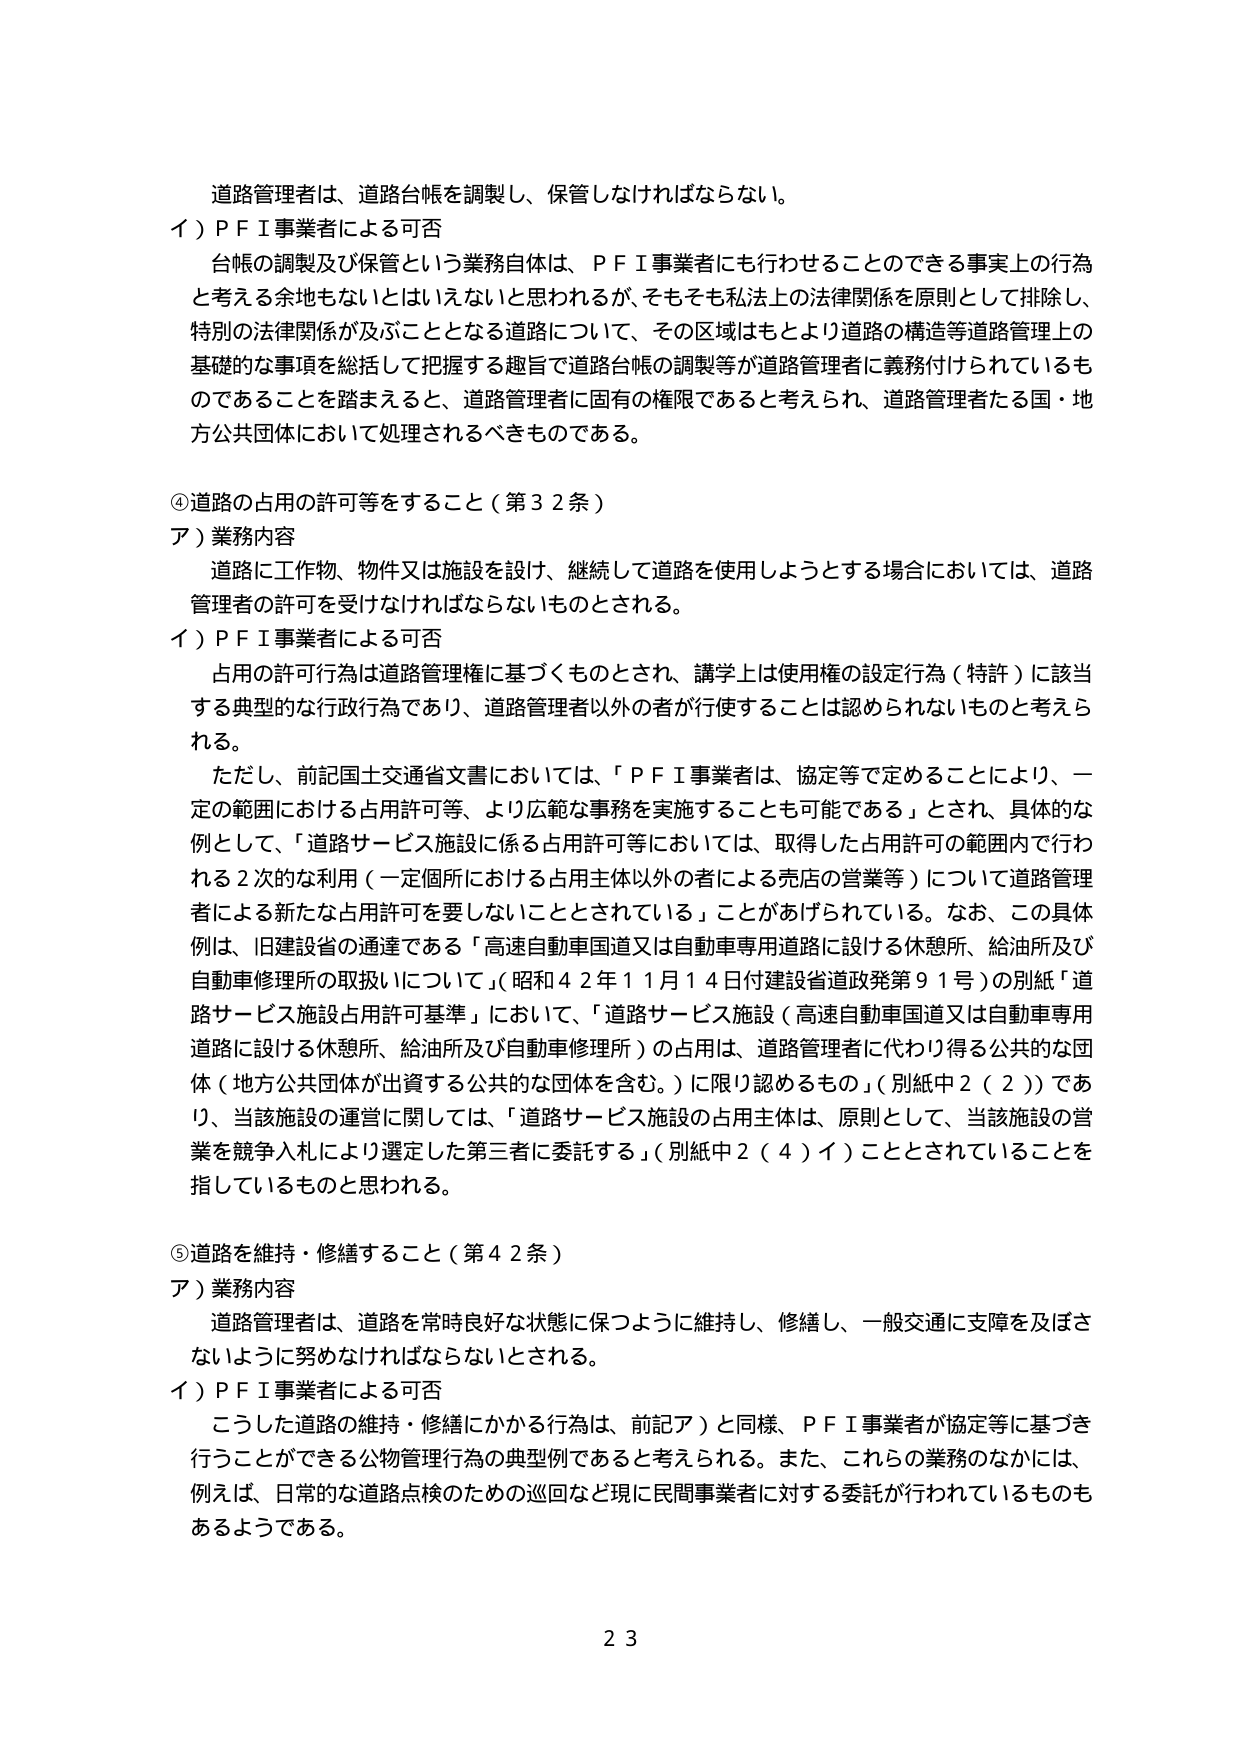
道路管理者は、道路台帳を調製し、保管しなければならない。

イ）ＰＦＩ事業者による可否
　台帳の調製及び保管という業務自体は、ＰＦＩ事業者にも行わせることのできる事実上の行為と考える余地もないとはいえないと思われるが、そもそも私法上の法律関係を原則として排除し、特別の法律関係が及ぶこととなる道路について、その区域はもとより道路の構造等道路管理上の基礎的な事項を総括して把握する趣旨で道路台帳の調製等が道路管理者に義務付けられているものであることを踏まえると、道路管理者に固有の権限であると考えられ、道路管理者たる国・地方公共団体において処理されるべきものである。

④道路の占用の許可等をすること（第３２条）
ア）業務内容
　道路に工作物、物件又は施設を設け、継続して道路を使用しようとする場合においては、道路管理者の許可を受けなければならないものとされる。

イ）ＰＦＩ事業者による可否
　占用の許可行為は道路管理権に基づくものとされ、講学上は使用権の設定行為（特許）に該当する典型的な行政行為であり、道路管理者以外の者が行使することは認められないものと考えられる。
　ただし、前記国土交通省文書においては、「ＰＦＩ事業者は、協定等で定めることにより、一定の範囲における占用許可等、より広範な事務を実施することも可能である」とされ、具体的な例として、「道路サービス施設に係る占用許可等においては、取得した占用許可の範囲内で行われる２次的な利用（一定個所における占用主体以外の者による売店の営業等）について道路管理者による新たな占用許可を要しないこととされている」ことがあげられている。なお、この具体例は、旧建設省の通達である「高速自動車国道又は自動車専用道路に設ける休憩所、給油所及び自動車修理所の取扱いについて」（昭和４２年１１月１４日付建設省道政発第９１号）の別紙「道路サービス施設占用許可基準」において、「道路サービス施設（高速自動車国道又は自動車専用道路に設ける休憩所、給油所及び自動車修理所）の占用は、道路管理者に代わり得る公共的な団体（地方公共団体が出資する公共的な団体を含む。）に限り認めるもの」（別紙中２（２））であり、当該施設の運営に関しては、「道路サービス施設の占用主体は、原則として、当該施設の営業を競争入札により選定した第三者に委託する」（別紙中２（４）イ）こととされていることを指しているものと思われる。

⑤道路を維持・修繕すること（第４２条）
ア）業務内容
　道路管理者は、道路を常時良好な状態に保つように維持し、修繕し、一般交通に支障を及ぼさないように努めなければならないとされる。

イ）ＰＦＩ事業者による可否
　こうした道路の維持・修繕にかかる行為は、前記ア）と同様、ＰＦＩ事業者が協定等に基づき行うことができる公物管理行為の典型例であると考えられる。また、これらの業務のなかには、例えば、日常的な道路点検のための巡回など現に民間事業者に対する委託が行われているものもあるようである。

２３